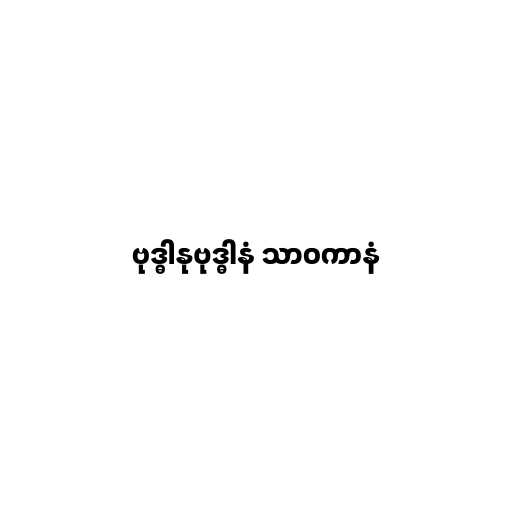
ဗုဒ္ဓါနုဗုဒ္ဓါနံ သာဝကာနံ